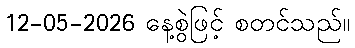
12-05-2026 နေ့စွဲဖြင့် စတင်သည်။